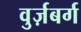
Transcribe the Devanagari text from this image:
वुर्ज़बर्ग